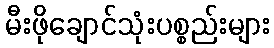
မီးဖိုချောင်သုံးပစ္စည်းများ